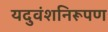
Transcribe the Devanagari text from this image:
यदुवंशनिरूपण